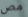
مص